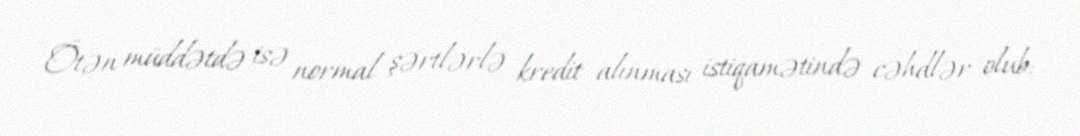
Ötən müddətdə isə normal şərtlərlə kredit alınması istiqamətində cəhdlər olub: